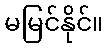
မမြင်နိုင်။